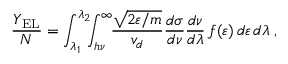
\frac { Y _ { \mathrm { E L } } } { N } = \int _ { \lambda _ { 1 } } ^ { \lambda _ { 2 } } \! \! \! \int _ { h \nu } ^ { \infty } \! \! \frac { \sqrt { 2 \varepsilon / m } } { v _ { d } } \frac { d \sigma } { d \nu } \frac { d \nu } { d \lambda } \, f ( \varepsilon ) \, d \varepsilon \, d \lambda \; ,